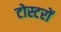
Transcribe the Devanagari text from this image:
टोस्टरों